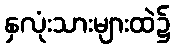
နှလုံးသားများထဲ၌